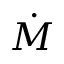
\dot { M }